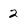
Character: 2